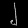
Digit: ၂